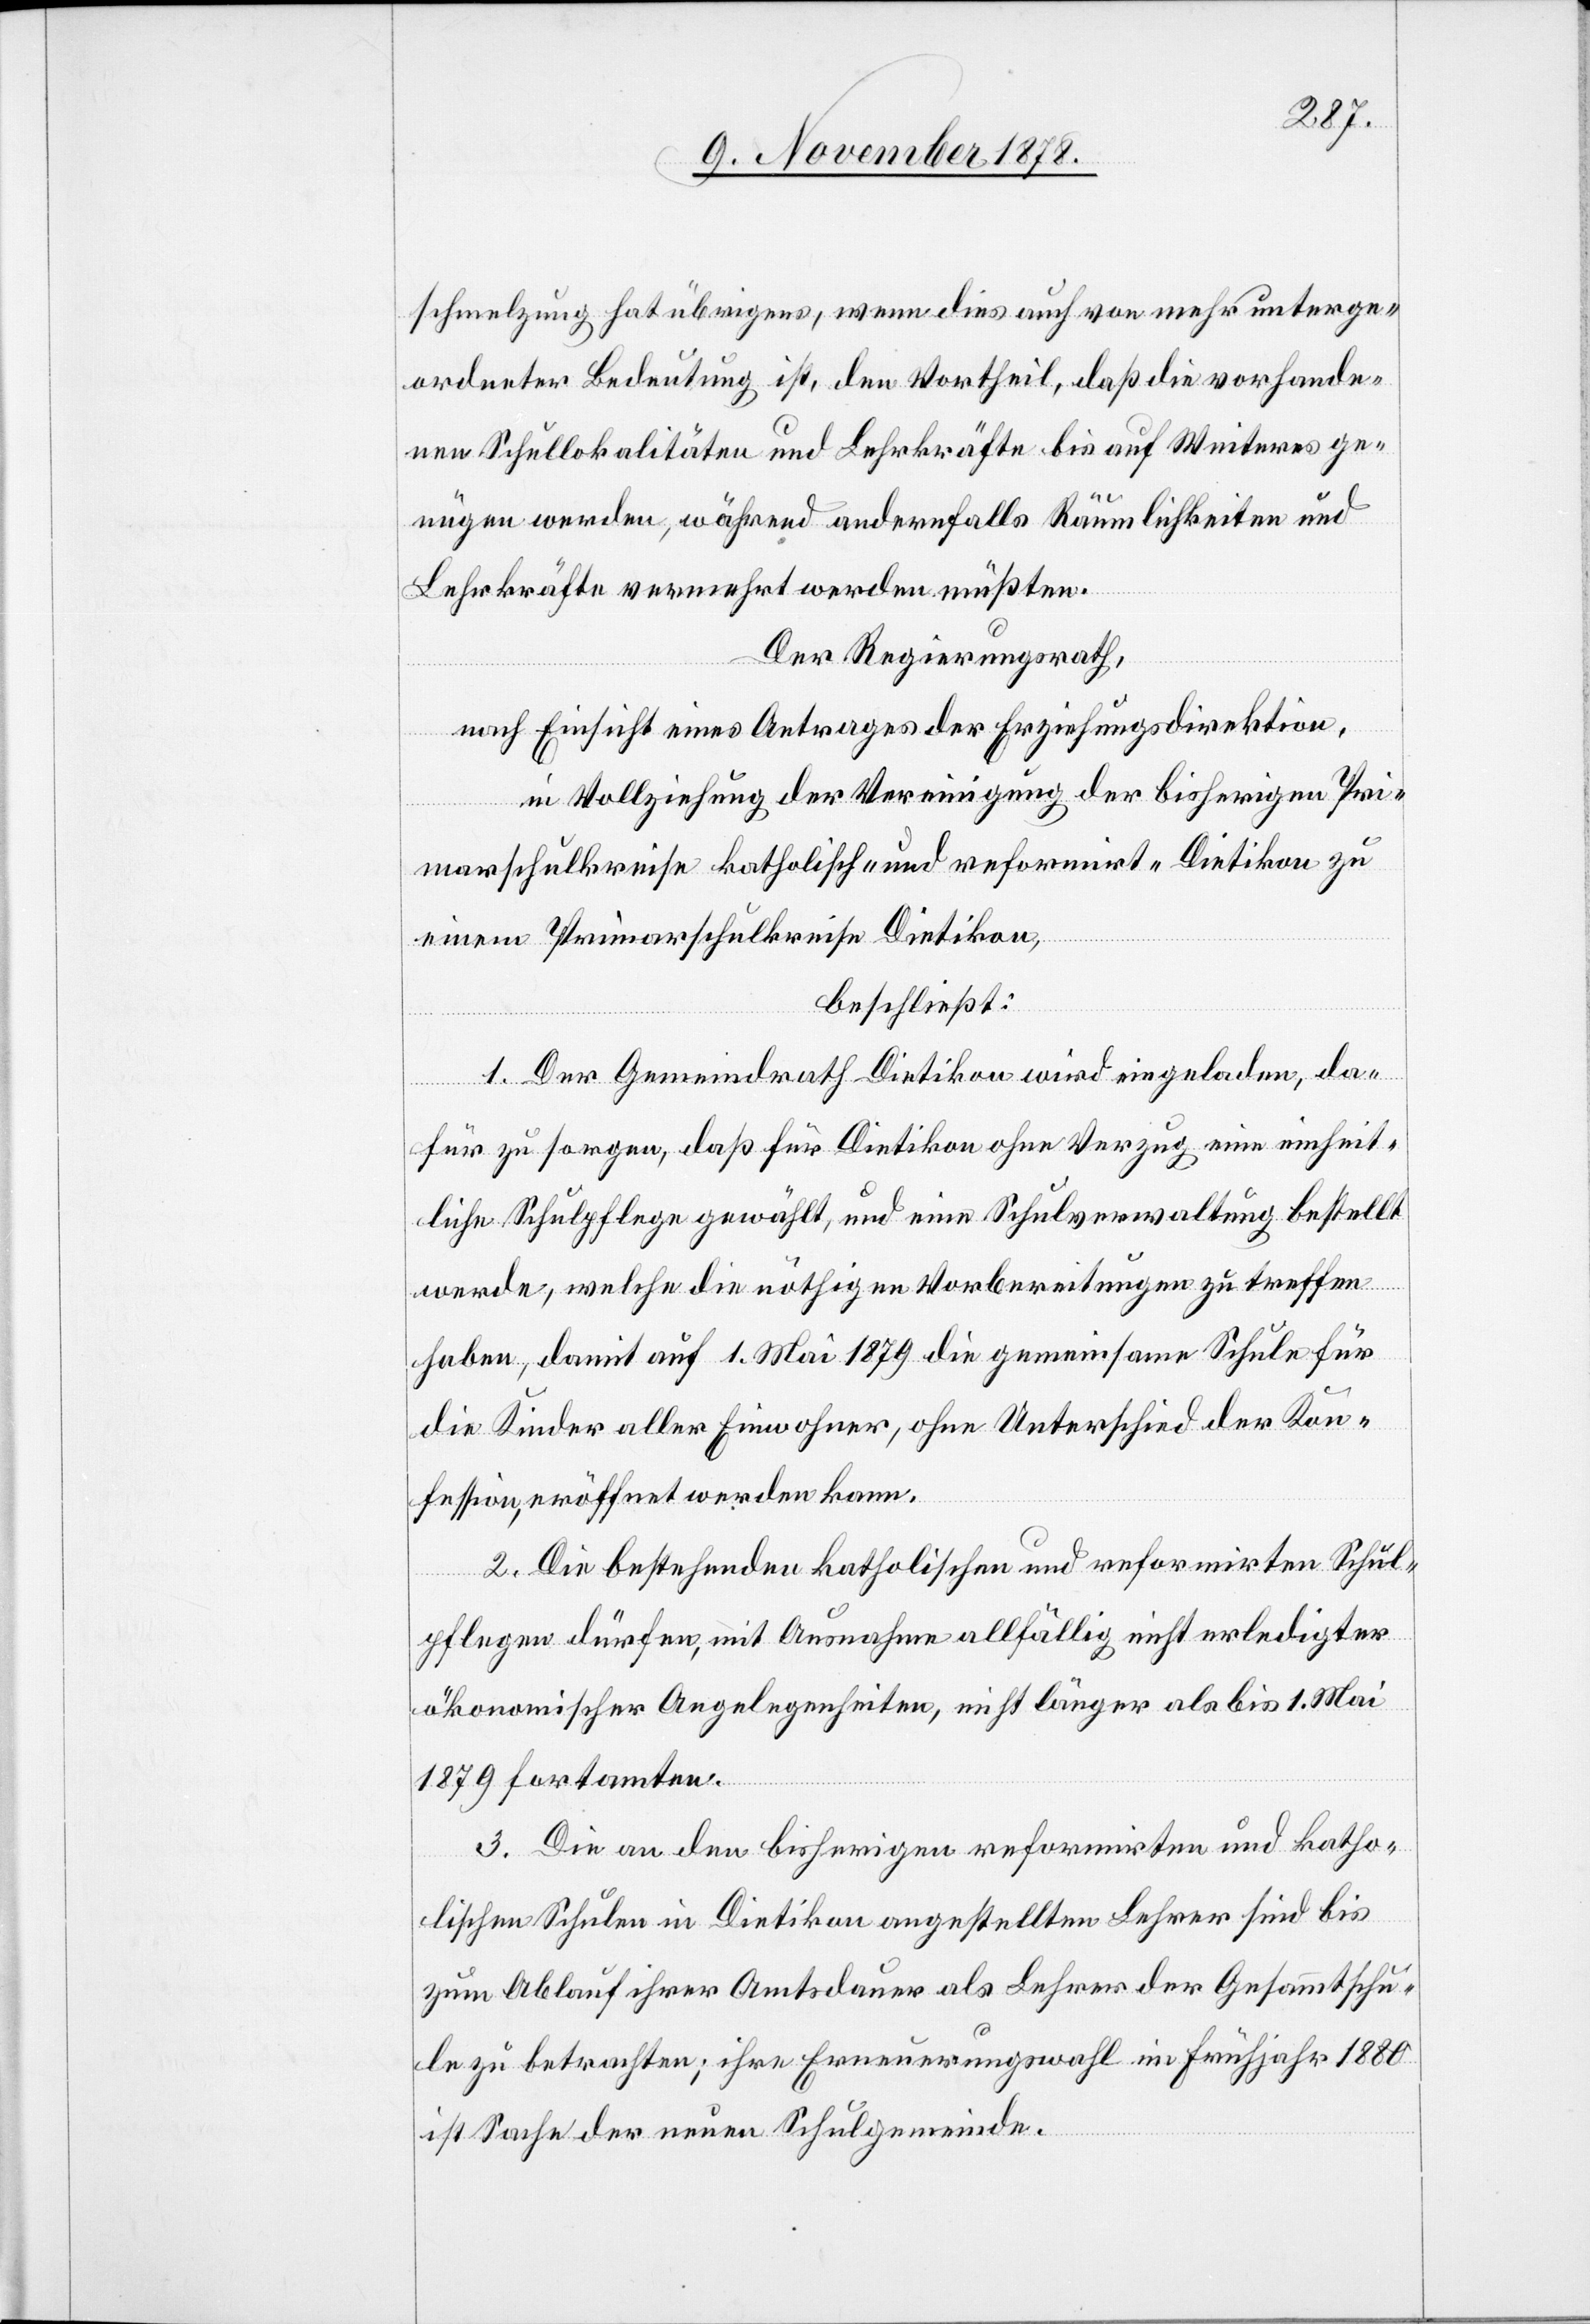
schmelzung hat übrigens, wenn dies auch von mehr unterge¬
ordneter Bedeutung ist, den Vortheil, daß die vorhande¬
nen Schullokalitäten und Lehrkräfte bis auf Weiteres ge¬
nügen werden, während andernfalls Räumlichkeiten und
Lehrkräfte vermehrt werden müßten.
Der Regierungsrath,
nach Einsicht eines Antrages der Erziehungsdirektion,
in Vollziehung der Vereinigung der bisherigen Pri¬
marschulkreise katholisch- und reformirt-Dietikon zu
einem Primarschulkreise Dietikon,
beschließt:
1. Der Gemeindrath Dietikon wird eingeladen, da¬
für zu sorgen, daß für Dietikon ohne Verzug eine einheit¬
liche Schulpflege gewählt, und eine Schulverwaltung bestellt
werde, welche die nöthigen Vorbereitungen zu treffen
habe, damit auf 1. Mai 1879 die gemeinsame Schule für
die Kinder aller Einwohner, ohne Unterschied der Kon¬
fession, eröffnet werden kann.
2. Die bestehenden katholischen und reformirten Schul¬
pflegen dürfen, mit Ausnahme allfällig nicht erledigter
ökonomischer Angelegenheiten, nicht länger als bis 1. Mai
1879 fortamten.
3. Die an den bisherigen reformirten und katho¬
lischen Schulen in Dietikon angestellten Lehrer sind bis
zum Ablauf ihrer Amtsdauer als Lehrer der Gesammtschu¬
le zu betrachten; ihre Erneuerungswahl im Frühjahr 1880
ist Sache der neuen Schulgemeinde.